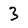
Character: 3